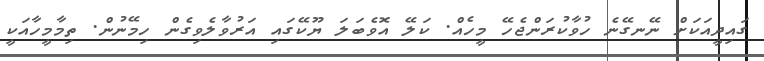
ގައިދީއަކަށް ނޭނގޭނެ ހުވާކުރަންޖެހޭ މީހެއް. ކަލޭ އޮވެބަލަ ޔޫކޭގައި އަރުވާލެވިގެން ހިމޭނުން. ތިމާމީހާއަކީ